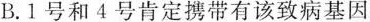
B.1号和4号肯定携带有该致病基因